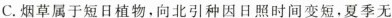
C.烟草属于短日植物，向北引种因日照时间变短，夏季无